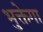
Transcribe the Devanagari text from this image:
भुक्तेगा